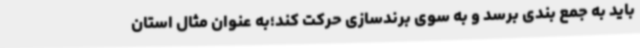
باید به جمع بندی برسد و به سوی برندسازی حرکت کند؛به عنوان مثال استان